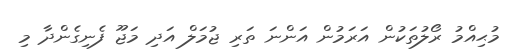
މުޙިއްމު ރޯލުތަކުން އަރަމުން އަންނަ ތަރި ޖުމަލް އަދި މަޖޫ ފެނިގެންދާ މި